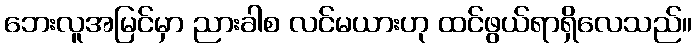
ဘေးလူအမြင်မှာ ညားခါစ လင်မယားဟု ထင်ဖွယ်ရာရှိလေသည်။